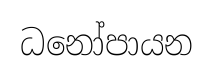
ධනෝපායන